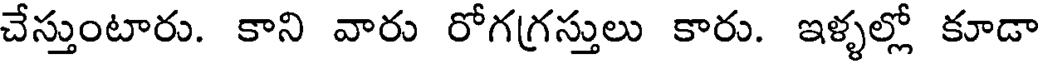
చేస్తుంటారు. కాని వారు రోగగ్రస్తులు కారు. ఇళ్ళల్లో కూడా